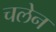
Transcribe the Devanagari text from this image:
चलेन